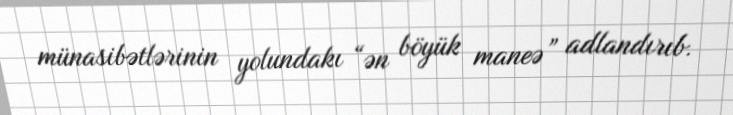
münasibətlərinin yolundakı “ən böyük maneə” adlandırıb.